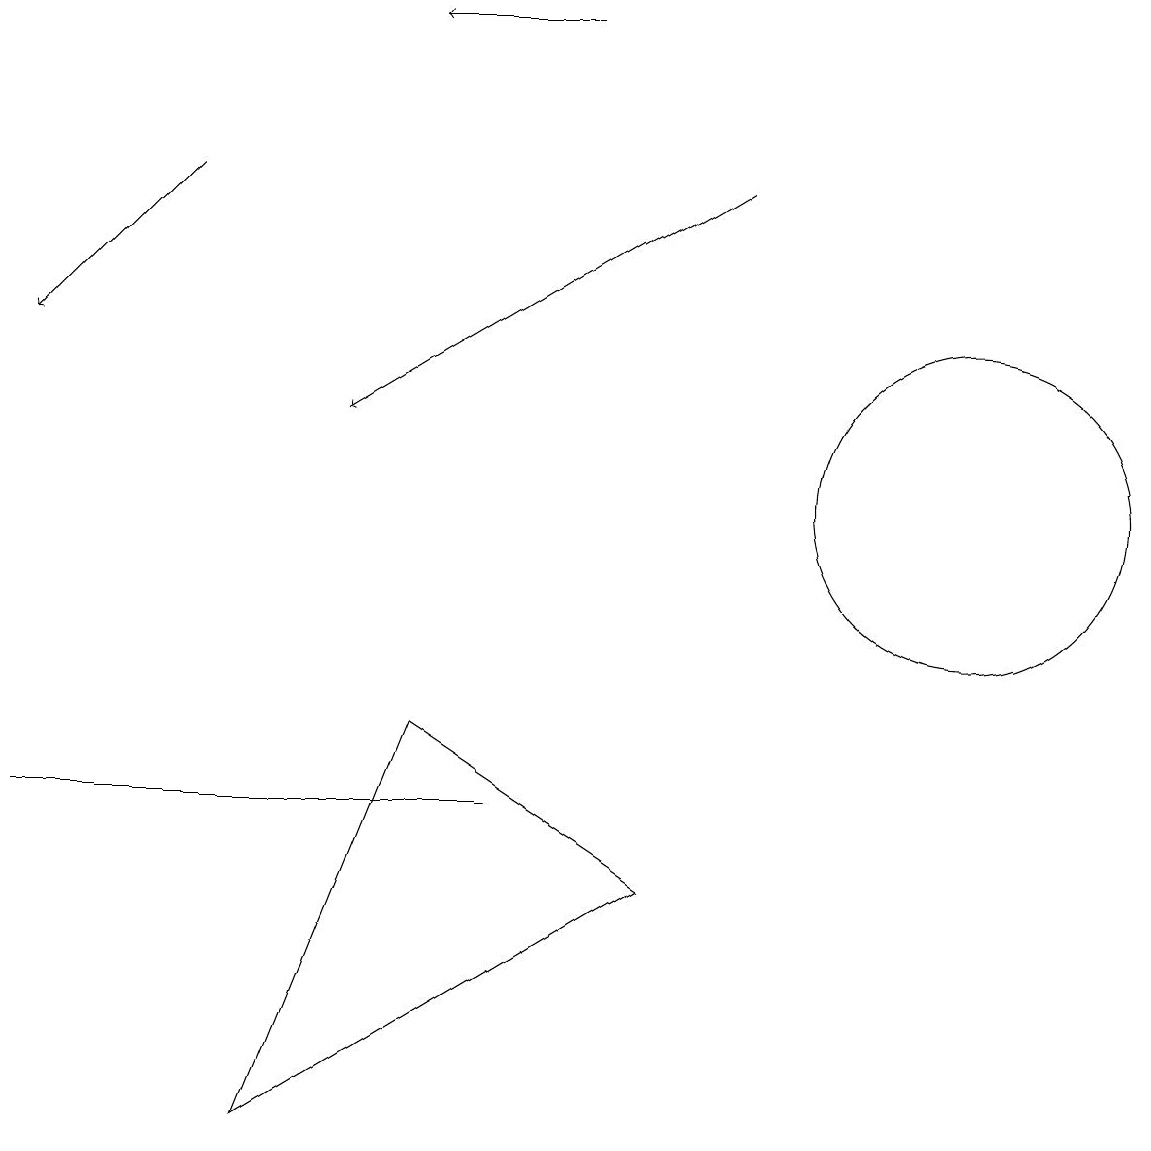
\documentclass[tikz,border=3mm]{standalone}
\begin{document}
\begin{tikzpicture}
\draw (8,6) -- (3,3) -- (5,8) -- cycle;
\draw (12,11) circle (2);
\draw[->] (7,17) -- (5,17);
\draw[->] (9,15) -- (4,12);
\draw[->] (2,15) -- (0,13);
\draw (0,7) -- (2,7) -- (6,7) -- cycle;
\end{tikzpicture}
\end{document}